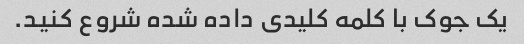
یک جوک با کلمه کلیدی داده شده شروع کنید.